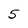
Character: 5